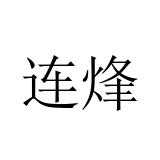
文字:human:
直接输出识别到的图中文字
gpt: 连烽